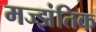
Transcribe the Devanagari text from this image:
मज्झंतिक